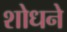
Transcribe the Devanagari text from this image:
शोधने